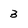
Character: 3